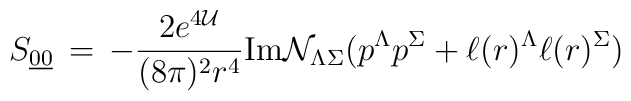
S_{{\underline{0}}{\underline{0}}}\,=\, -\frac{2e^{4{\cal U}}}{(8\pi)^2 r^4}{\rm Im}{\cal N}_{\Lambda\Sigma}(p^\Lambda p^\Sigma+\ell (r)^\Lambda \ell (r)^\Sigma)